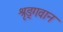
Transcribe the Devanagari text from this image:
श्रृङ्गवान